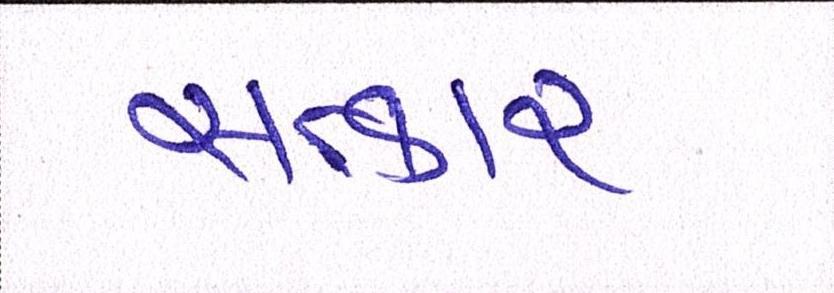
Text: સત્કાર